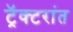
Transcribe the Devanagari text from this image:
ट्रॅक्टरांत